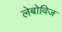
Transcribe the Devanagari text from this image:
लेबोविज